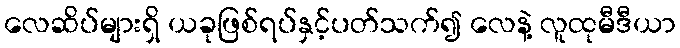
လေဆိပ်များရှိ ယခုဖြစ်ရပ်နှင့်ပတ်သက်၍ လေနဲ့ လူထုမီဒီယာ